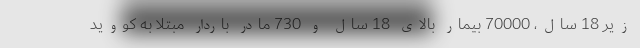
زیر 18 سال، 70000 بیمار بالای 18 سال و 730 مادر باردار مبتلا به کووید